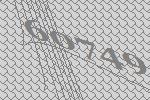
60749